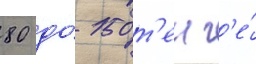
80 до́ 150 т'енг'е́